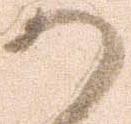
か